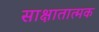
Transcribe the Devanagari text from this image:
साक्षातात्मक